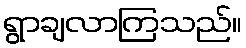
ရွာချလာကြသည်။